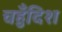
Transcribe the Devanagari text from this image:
चहुँदिश